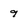
Character: 9